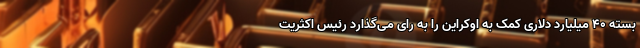
بسته ۴۰ میلیارد دلاری کمک به اوکراین را به رای می‌گذارد رئیس اکثریت